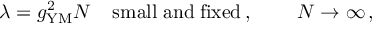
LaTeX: \lambda = g _ { \mathrm { Y M } } ^ { 2 } N \; \; \; \; \mathrm { s m a l l \; a n d \; f i x e d } \, , \; \; \; \; \; \; \; \; N \rightarrow \infty \, , \; \;